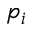
p _ { i }